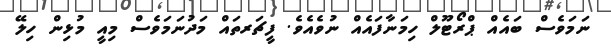
ނަމަވެސް ބައެއް ޕްރޯޓޫލް ހިމަނާފައެއް ނުވެއެވެ. ފީޗަރތައް މަދުނަމަވެސް މިއީ މުޅިން ހިލޭ